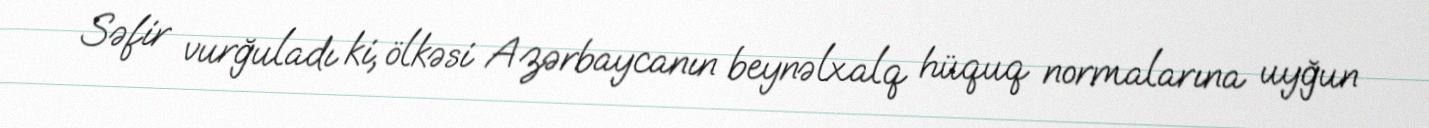
Səfir vurğuladı ki, ölkəsi Azərbaycanın beynəlxalq hüquq normalarına uyğun